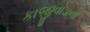
કાજીવાડાની